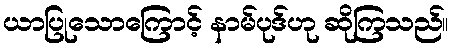
ယာပြုသောကြောင့် နာမ်ပုဒ်ဟု ဆိုကြသည်။